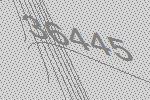
36445